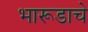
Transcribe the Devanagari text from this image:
भारूडाचे